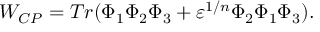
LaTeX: W _ { C P } = T r ( \Phi _ { 1 } \Phi _ { 2 } \Phi _ { 3 } + \varepsilon ^ { 1 / n } \Phi _ { 2 } \Phi _ { 1 } \Phi _ { 3 } ) .